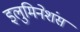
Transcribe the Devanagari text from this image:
इलुमिनेशंस